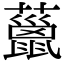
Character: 𧀨